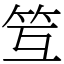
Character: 䇘